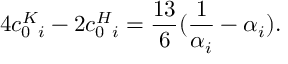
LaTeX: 4 c _ { 0 \ i } ^ { K } - 2 c _ { 0 \ i } ^ { H } = { \frac { 1 3 } { 6 } } ( { \frac { 1 } { \alpha _ { i } } } - \alpha _ { i } ) .